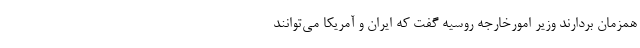
همزمان بردارند وزیر امورخارجه روسیه گفت که ایران و آمریکا می‌توانند